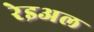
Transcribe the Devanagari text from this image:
रेइअल